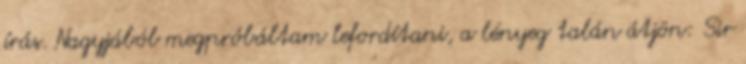
írás. Nagyjából megpróbáltam lefordítani, a lényeg talán átjön: Sir